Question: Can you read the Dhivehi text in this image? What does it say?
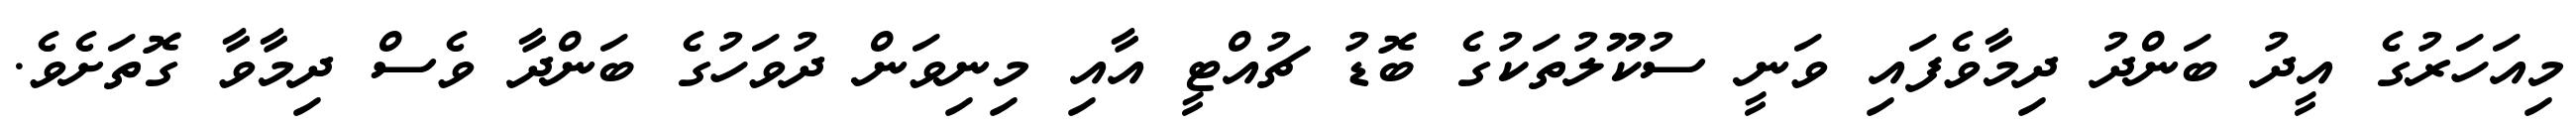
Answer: މިއަހަރުގެ އީދު ބަންދު ދިމާވެފައި ވަނީ ސުކޫލުތަކުގެ ބޮޑު ޗުއްޓީ އާއި މިނިވަން ދުވަހުގެ ބަންދާ ވެސް ދިމާވާ ގޮތަށެވެ.